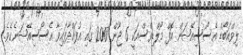
ލިވްއަބޯޑް އެސޯސިއޭޝަން އޮފް މޯލްޑިވްސްއަކީ 6 ޖޫން 2007 ގައި އުފައްދާފައިވާ އެސޯސިއޭޝަނެކެވެ.